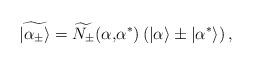
LaTeX: \begin{align*} \widetilde{|\alpha_{\pm}\rangle}=\widetilde{N_{\pm}}(\alpha\mbox{,} \alpha^*)\left(|\alpha\rangle\pm|\alpha^*\rangle\right),\end{align*}